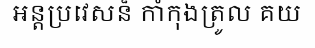
អន្តប្រវេសន៏ កាំកុងត្រូល គយ